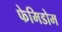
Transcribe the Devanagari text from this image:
फेमिडोम